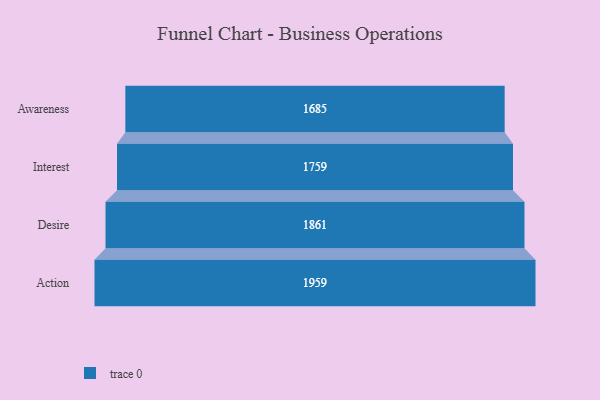
{"axis": {"x": "Stage", "y": "Value"}, "legend": [""], "data": [{"x": "Awareness", "y": 1685.0, "type": ""}, {"x": "Interest", "y": 1759.0, "type": ""}, {"x": "Desire", "y": 1861.0, "type": ""}, {"x": "Action", "y": 1959.0, "type": ""}]}